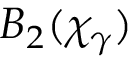
B _ { 2 } ( \chi _ { \gamma } )